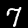
Digit: 7